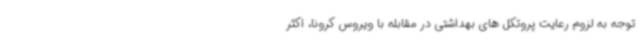
توجه به لزوم رعایت پروتکل های بهداشتی در مقابله با ویروس کرونا، اکثر